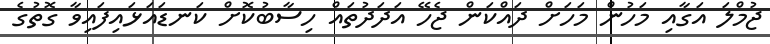
ޖުމްލަ އަގާއި މަހުން މަހަށް ދައްކަން ޖެހޭ އަދަދުތައް ހިސާބުކޮށް ކަނޑައަޅައިފައިވާ ގޮތުގެ